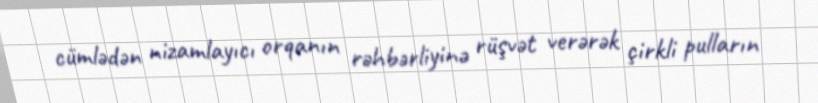
cümlədən nizamlayıcı orqanın rəhbərliyinə rüşvət verərək çirkli pulların